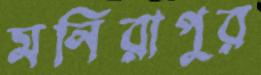
মনিরাপুর